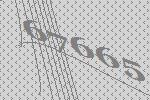
67665